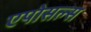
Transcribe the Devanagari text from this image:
एपोसल्स